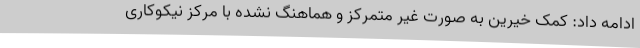
ادامه داد: کمک خیرین به صورت غیر متمرکز و هماهنگ نشده با مرکز نیکوکاری